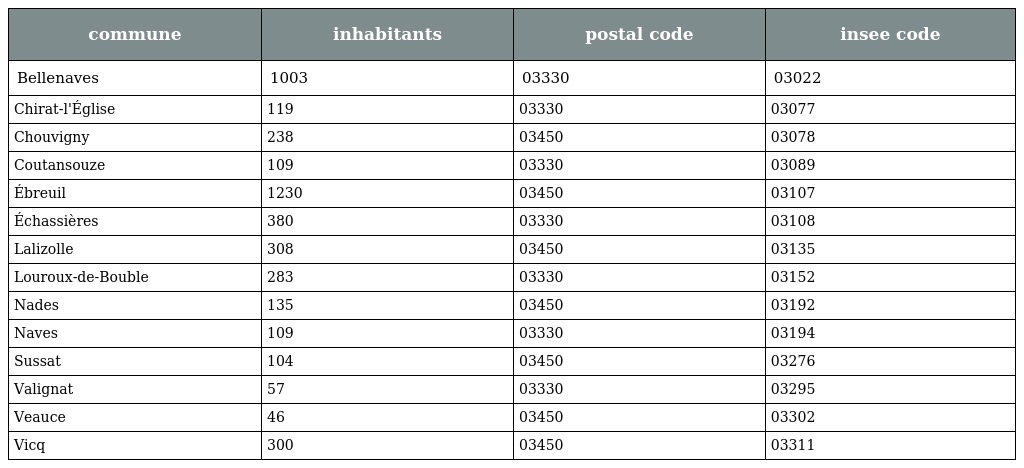
| commune | inhabitants | postal code | insee code |
 | --- | --- | --- | --- |
 | Bellenaves | 1003 | 03330 | 03022 |
 | Chirat-l'Église | 119 | 03330 | 03077 |
 | Chouvigny | 238 | 03450 | 03078 |
 | Coutansouze | 109 | 03330 | 03089 |
 | Ébreuil | 1230 | 03450 | 03107 |
 | Échassières | 380 | 03330 | 03108 |
 | Lalizolle | 308 | 03450 | 03135 |
 | Louroux-de-Bouble | 283 | 03330 | 03152 |
 | Nades | 135 | 03450 | 03192 |
 | Naves | 109 | 03330 | 03194 |
 | Sussat | 104 | 03450 | 03276 |
 | Valignat | 57 | 03330 | 03295 |
 | Veauce | 46 | 03450 | 03302 |
 | Vicq | 300 | 03450 | 03311 |